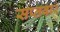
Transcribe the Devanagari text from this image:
सप्तवार